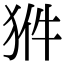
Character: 𤞗